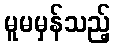
မူမမှန်သည့်